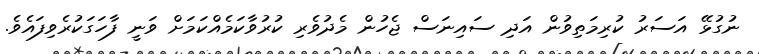
ނުގުޅޭ އަސަރު ކުރިމަތިވުން އަދި ސައިނަސް ޖެހުން މެދުވެރި ކުރުވާކަމެއްކަމަށް ވަނީ ފާހަގަކުރެވިފައެވެ.